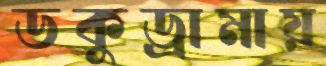
ডকুড্রামায়